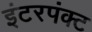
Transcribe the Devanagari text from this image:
इंटरपंक्ट